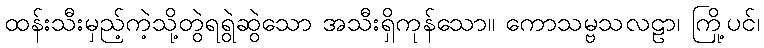
ထန်းသီးမှည့်ကဲ့သို့တွဲရရွဲဆွဲသော အသီးရှိကုန်သော။ ကောသမ္ဗသလဠာ၊ ကြို့ပင်၊